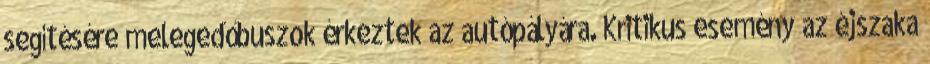
segítésére melegedőbuszok érkeztek az autópályára. Kritikus esemény az éjszaka